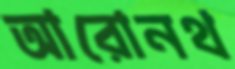
আরোনথ